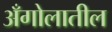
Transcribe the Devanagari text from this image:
अँगोलातील